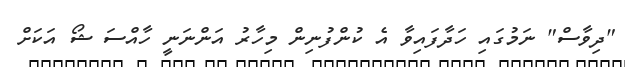
"ދިވާސް" ނަމުގައި ހަދާފައިވާ އެ ކުންފުނިން މިހާރު އަންނަނީ ހާއްސަ ޝޯ އަކަށް